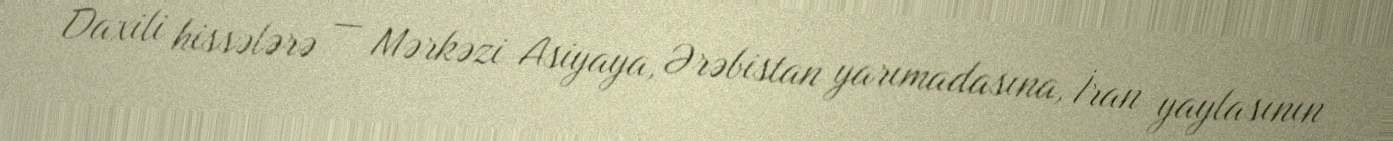
Daxili hissələrə — Mərkəzi Asiyaya, Ərəbistan yarımadasına, İran yaylasının